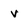
Character: v